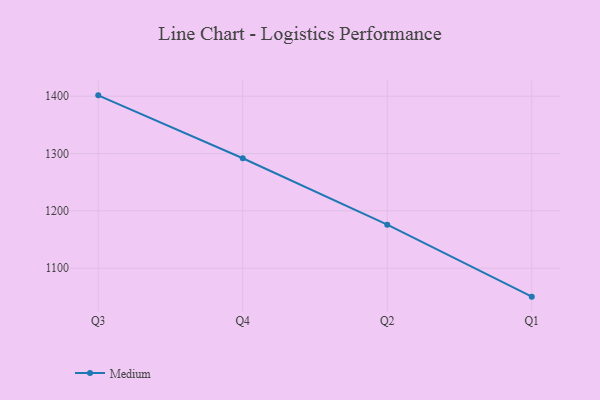
{"axis": {"x": "Quarter", "y": "Customer Acquisition Cost (USD)"}, "legend": ["Medium"], "data": [{"x": "Q3", "y": 1401.5, "type": "Medium"}, {"x": "Q4", "y": 1291.8, "type": "Medium"}, {"x": "Q2", "y": 1176.0, "type": "Medium"}, {"x": "Q1", "y": 1050.4, "type": "Medium"}]}